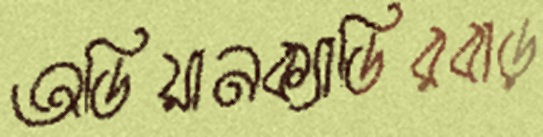
অডিয়ানক্যাডিরবাড়